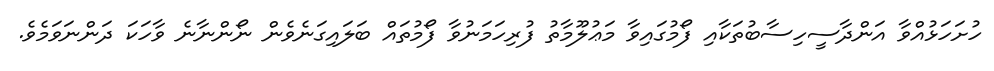
ހުށަހަޅުއްވާ އަންދާސީހިސާބުތަކާއި ފޯމުގައިވާ މަޢުލޫމާތު ފުރިހަމަނުވާ ފޯމުތައް ބަލައިގަނެވެން ނޯންނާނެ ވާހަކަ ދަންނަވަމެވެ.